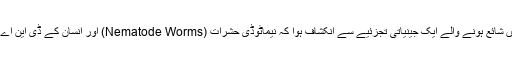
مثال کے طور پر ہفتہ روزہ ’نیو سائنٹسٹ‘ میں شائع ہونے والے ایک جینیاتی تجزئیے سے انکشاف ہوا کہ نیماٹوڈی حشرات (Nematode Worms) اور انسان کے ڈی این اے کے مابین ۷۵ فی صد مماثلت پائی جاتی ہے۔